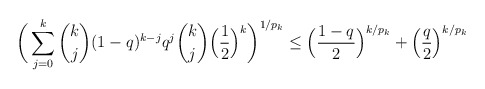
\begin{align*}\bigg(\sum_{j=0}^{k} \dbinom{k}{j} (1-q)^{k-j} q^j \dbinom{k}{j}\Big(\frac{1}{2}\Big)^k \bigg)^{1/p_k} \leq \Big(\frac{1-q}{2}\Big)^{k/p_k} + \Big(\frac{q}{2}\Big)^{k/p_k}\end{align*}